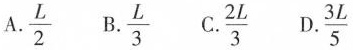
A. \frac{L}{2} B. \frac{L}{3} C. \frac{2L}{3} C. \frac{3L}{5}